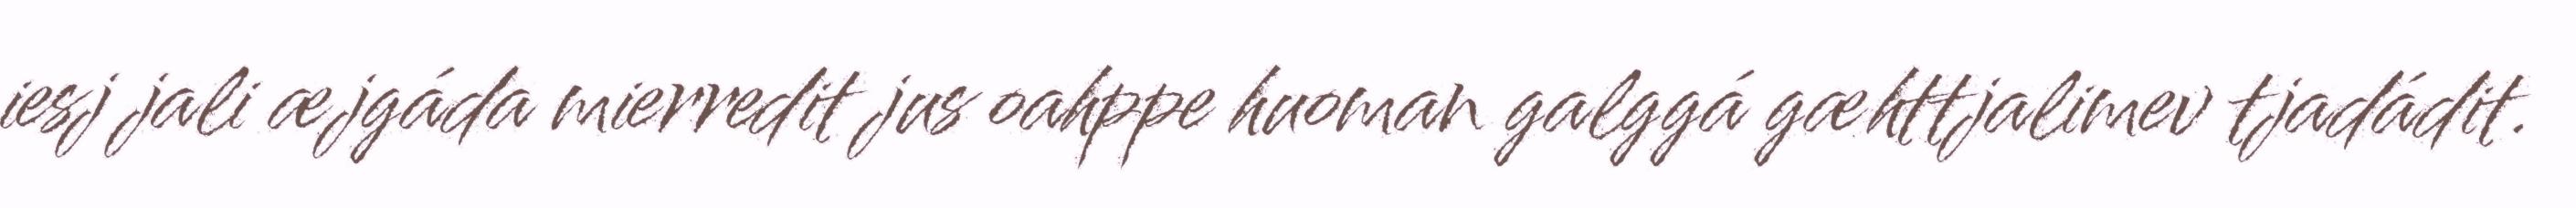
iesj jali æjgáda mierredit jus oahppe huoman galggá gæhttjalimev tjadádit.